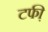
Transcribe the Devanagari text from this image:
टफी़